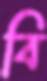
বি